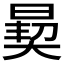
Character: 𪰳